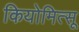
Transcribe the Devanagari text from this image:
कियोमित्सू